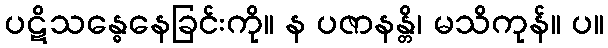
ပဋိသန္ဓေနေခြင်းကို။ န ပဇာနန္တိ၊ မသိကုန်။ ပ။